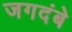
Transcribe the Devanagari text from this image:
जगदंबे